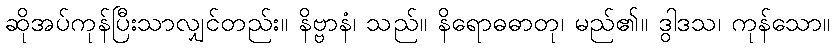
ဆိုအပ်ကုန်ပြီးသာလျှင်တည်း။ နိဗ္ဗာနံ၊ သည်။ နိရောဓဓာတု၊ မည်၏။ ဒွါဒသ၊ ကုန်သော။